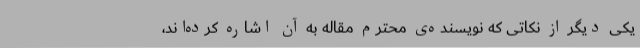
یکی دیگر از نکاتی که نویسنده‌ی محترم مقاله‌ به آن اشاره کرده‌اند،